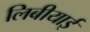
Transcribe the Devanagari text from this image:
लिबीयाई